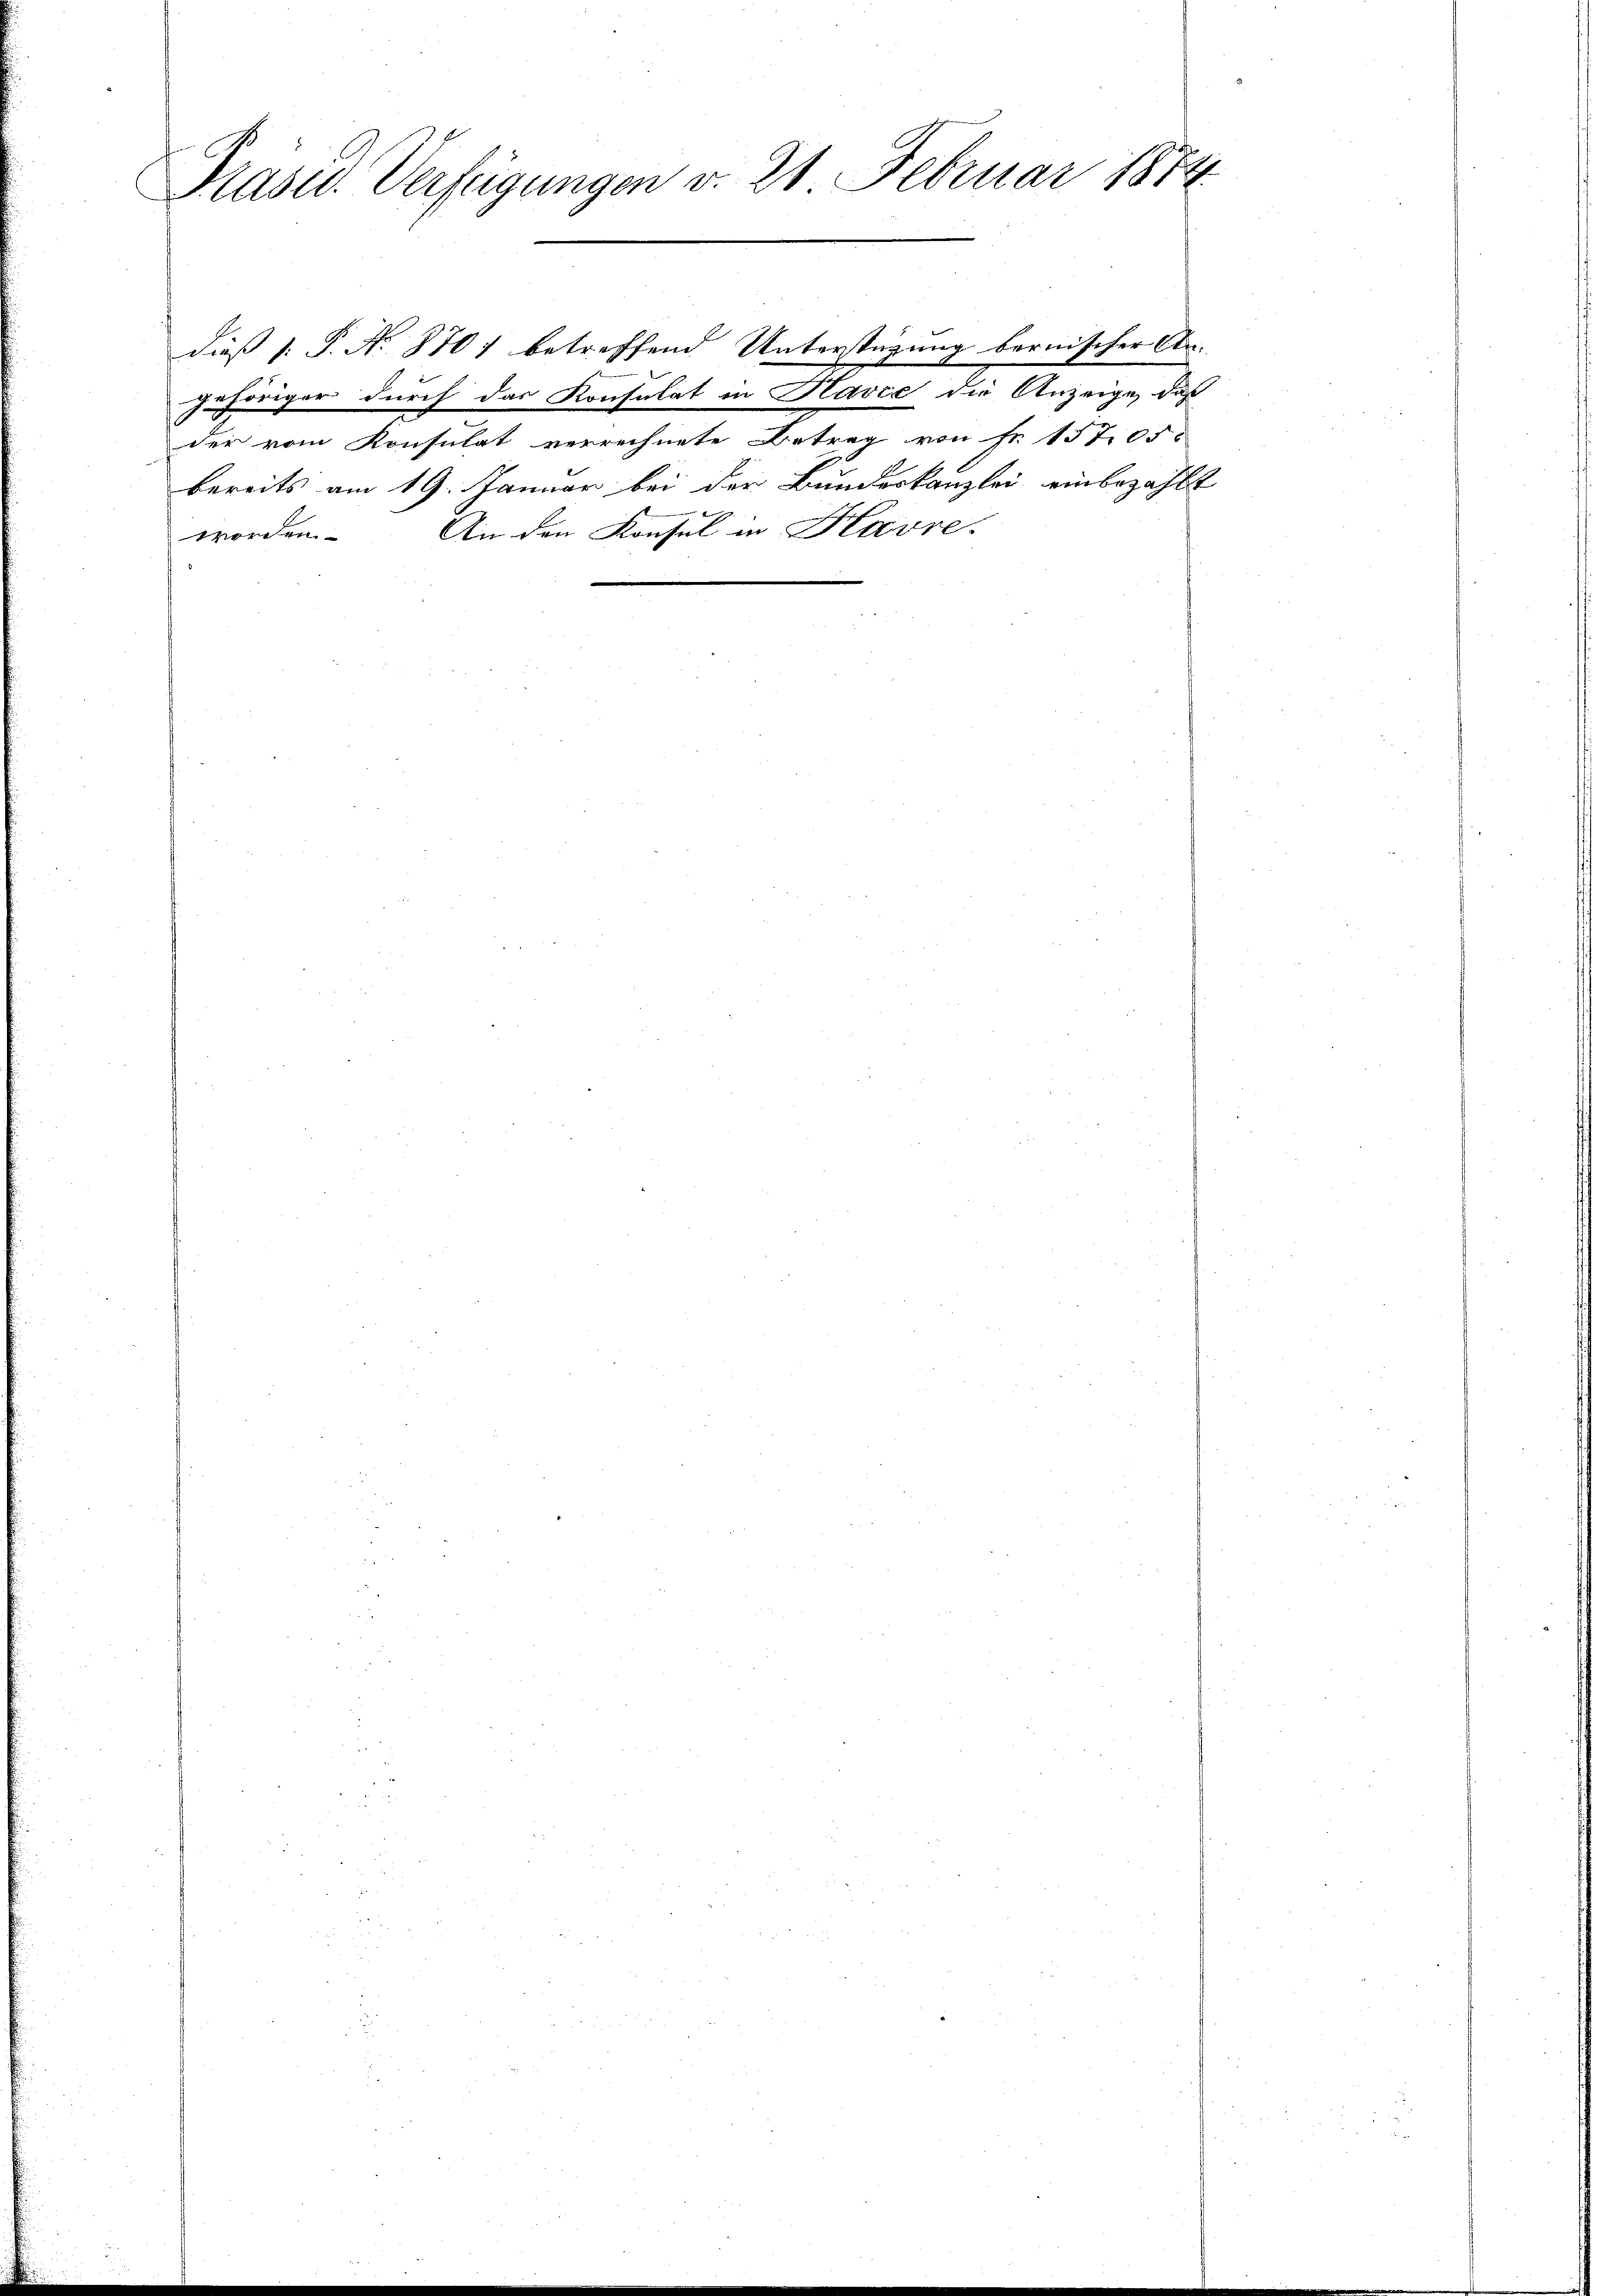
Präsid. Verfügungen v. 21 Februar 1874

dieß P. No 870 betreffend Unterstüzung bernischer An-
gehöriger durch das Konsulat in Havre die Anzeige, daß
der vom Konsulat verrechnete Betrag von Fr. 15705
bereits am 19. Januar bei der Bundeskanzlei einbezahlt
worden. An den Konsul in Havre-